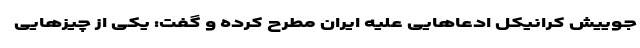
جوییش کرانیکل ادعاهایی علیه ایران مطرح کرده و گفت: یکی از چیزهایی